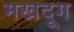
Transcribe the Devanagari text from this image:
मखदूग